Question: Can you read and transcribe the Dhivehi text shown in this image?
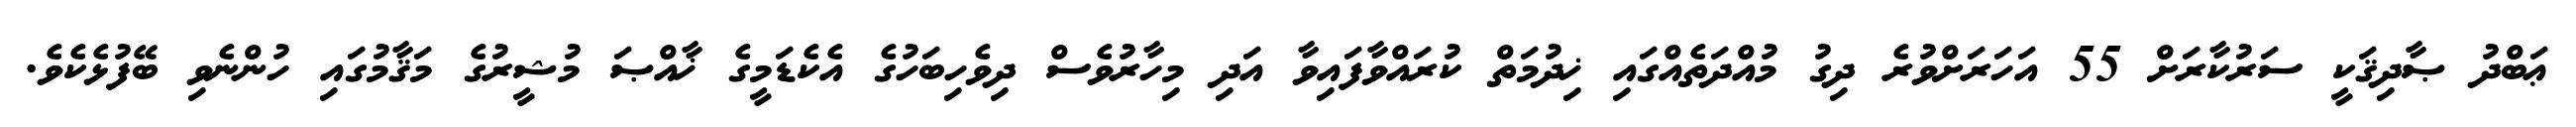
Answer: ޢަބްދު ޞާދިޤަކީ ސަރުކާރަށް 55 އަހަރަށްވުރެ ދިގު މުއްދަތެއްގައި ޚިދުމަތް ކުރައްވާފައިވާ އަދި މިހާރުވެސް ދިވެހިބަހުގެ އެކެޑަމީގެ ޚާއްޞަ މުޝީރުގެ މަޤާމުގައި ހުންނެވި ބޭފުޅެކެވެ.